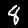
Label: 8